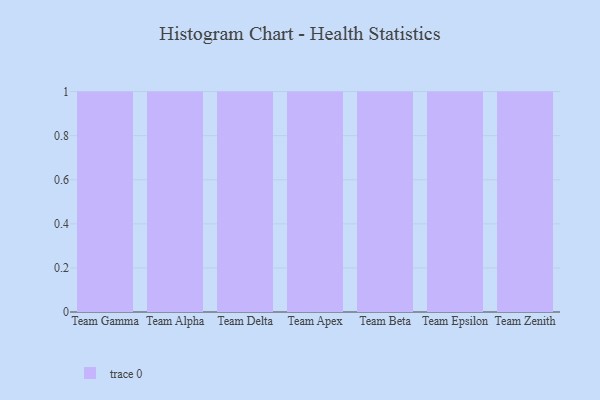
{"axis": {"x": "Team", "y": "Satisfaction Score"}, "legend": [""], "data": [{"x": "Team Gamma", "y": 85, "type": ""}, {"x": "Team Alpha", "y": 19, "type": ""}, {"x": "Team Delta", "y": 83, "type": ""}, {"x": "Team Apex", "y": 21, "type": ""}, {"x": "Team Beta", "y": 63, "type": ""}, {"x": "Team Epsilon", "y": 67, "type": ""}, {"x": "Team Zenith", "y": 56, "type": ""}]}